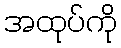
အထုပ်ကို